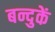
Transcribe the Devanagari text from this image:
बन्दुकें